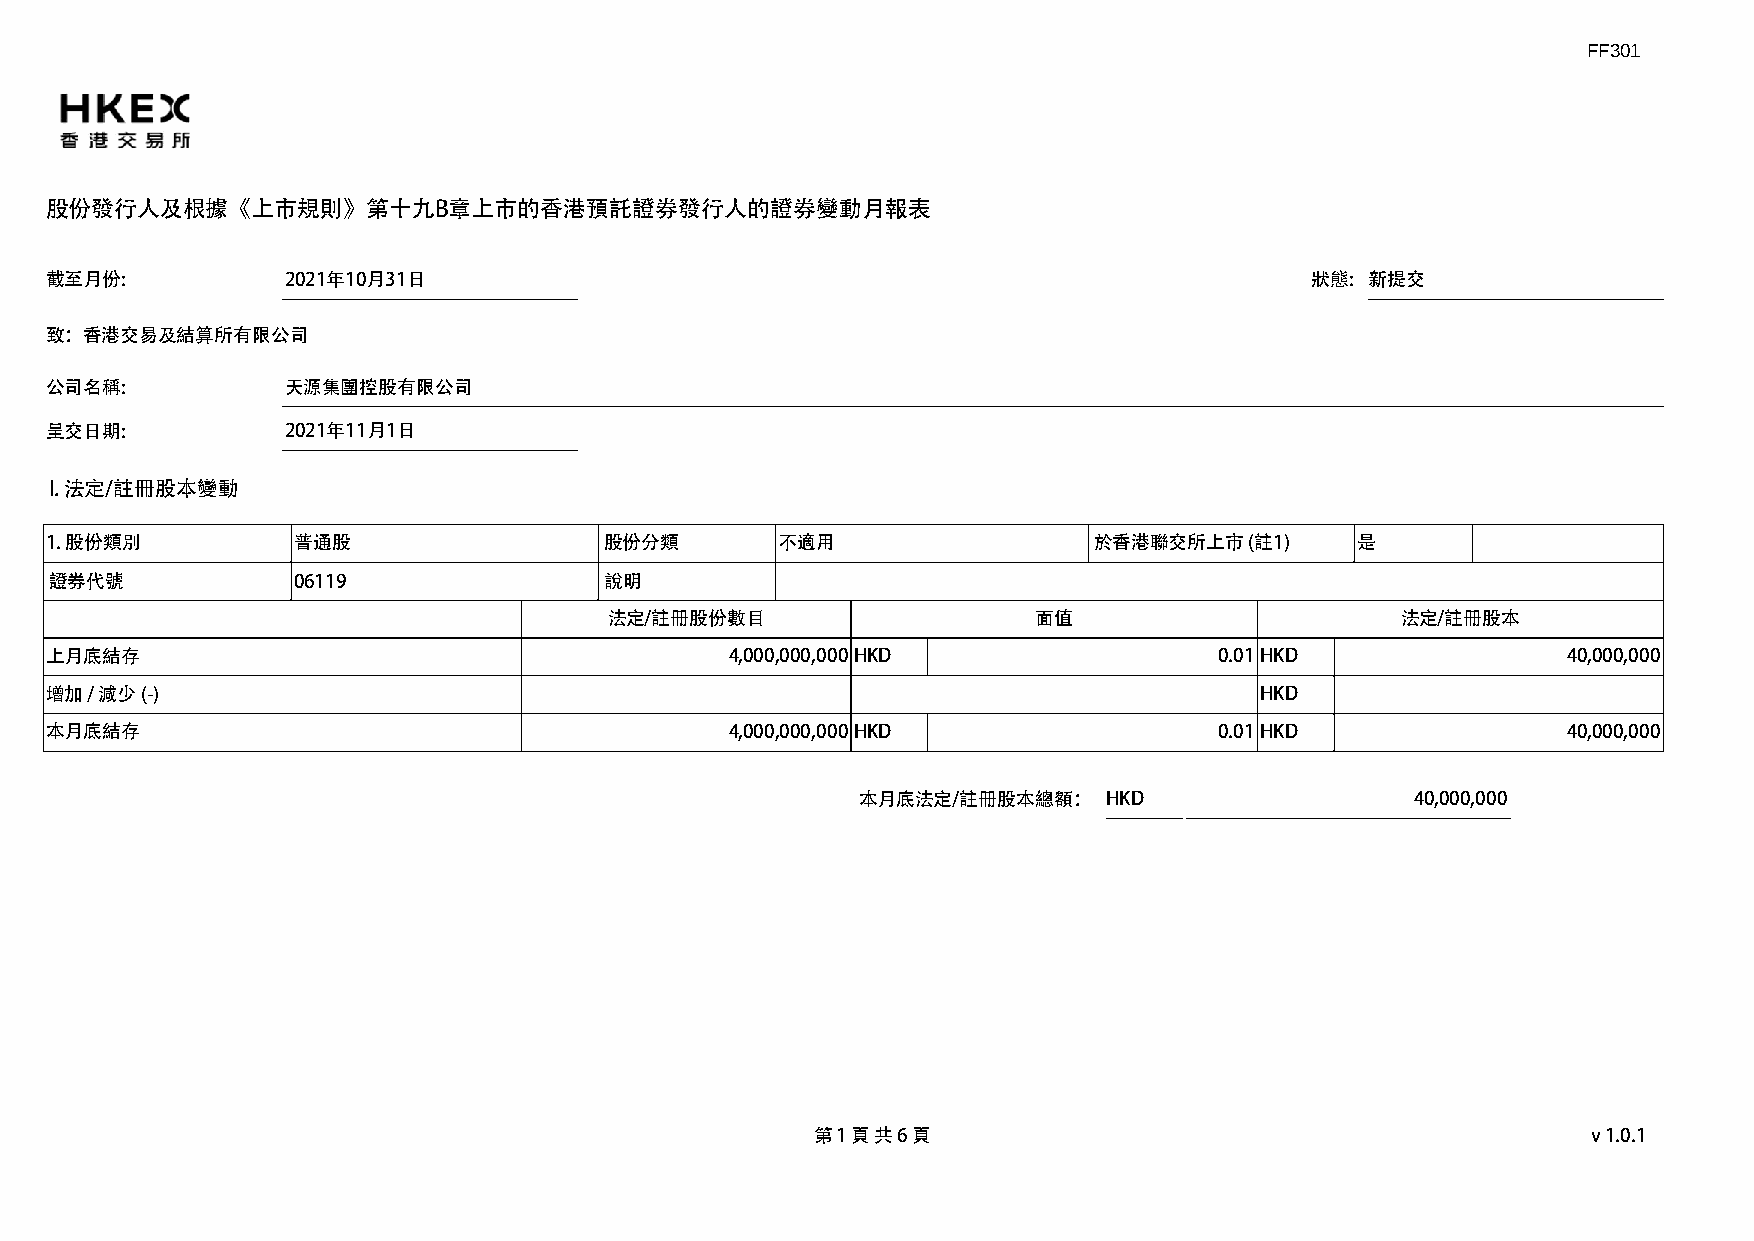
FF301
 股份發行人及根據《上市規則》第十九B章上市的香港預託證券發行人的證券變動月報表
 截至月份:           2021年10月31日                                                         狀態: 新提交
 致：香港交易及結算所有限公司
 公司名稱:           天源集團控股有限公司
 呈交日期:           2021年11月1日
 I. 法定/註冊股本變動
 1. 股份類別         普通股                  股份分類        不適用                 於香港聯交所上市   (註1)   是
 證券代號            06119                說明
 法定/註冊股份數目                    面值                      法定/註冊股本
 上月底結存                                        4,000,000,000HKD                 0.01HKD                40,000,000
 增加 / 減少 (-)                                                                     HKD
 本月底結存                                        4,000,000,000HKD                 0.01HKD                40,000,000
 本月底法定/註冊股本總額：   HKD                  40,000,000
 第 1 頁 共 6 頁                                        v1.0.1